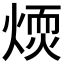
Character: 𤌢